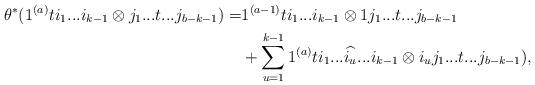
LaTeX: \begin{align*} \theta^{*} (1^{(a)}ti_1...i_{k-1}\otimes j_1...t...j_{b-k-1}) = &1^{(a-1)}ti_1...i_{k-1}\otimes1j_1...t...j_{b-k-1}\\ &+\sum_{u=1}^{k-1}1^{(a)}ti_1...\widehat{i_u}...i_{k-1} \otimes i_uj_1...t...j_{b-k-1}),\end{align*}